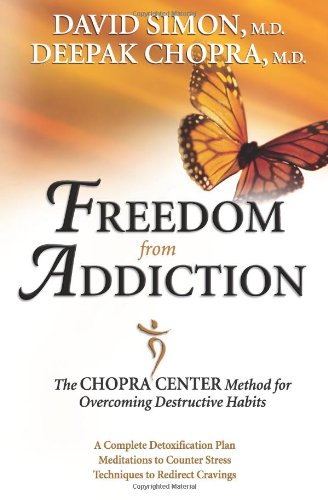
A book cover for Freedom from Addiction: The Chopra Center Method for Overcoming Destructive Habits; Deepak Chopra; Self-Help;